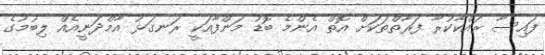
ފައިސާ ރައްކާކުރާ ފަރާތްތަކަށް އޮތް އެންމެ ބޮޑު މަންފާއަކީ ރަނގަޅު އާމްދަނީއެއް ލިބުމުގެ